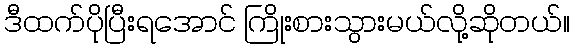
ဒီထက်ပိုပြီးရအောင် ကြိုးစားသွားမယ်လို့ဆိုတယ်။